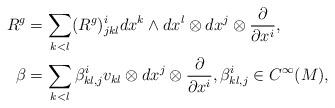
LaTeX: \begin{align*}R^{g}& =\sum_{k<l}(R^{g})_{jkl}^{i}dx^{k}\wedge dx^{l}\otimes dx^{j}\otimes \frac{\partial }{\partial x^{i}}, \\\beta & =\sum_{k<l}\beta _{kl,j}^{i}v_{kl}\otimes dx^{j}\otimes \frac{\partial }{\partial x^{i}},\beta _{kl,j}^{i}\in C^{\infty }(M),\end{align*}